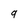
Character: 9